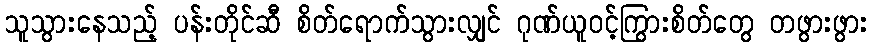
သူသွားနေသည့် ပန်းတိုင်ဆီ စိတ်ရောက်သွားလျှင် ဂုဏ်ယူဝင့်ကြွားစိတ်တွေ တဖွားဖွား